Report of the Municipal Commissioner on the plague in Bombay for the year ending 31st May... - Volume 3
Disease focus: Plague
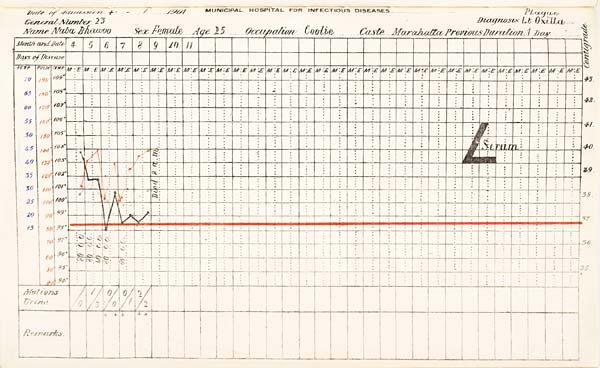
Date
of
Admission
1901
MUNICIPAL
HOSPITAL
FOR
INFECTIOUS
DISEASES.
General
Number
Diagnosis
Name
Sex
Age
Occupation
Caste
Previous
Duration